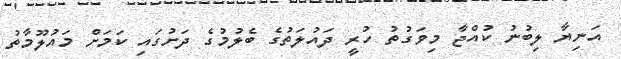
އަނިޔާ ލިބުނު ކުއްޖާ މިވަގުތު ހުރީ ދައުލަތުގެ ބެލުމުގެ ދަށުގައި ކަމަށް މައުލޫމާތު